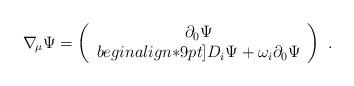
LaTeX: \begin{align*}\nabla_{\!\mu} \Psi=\left (\begin{array}{c} \partial_0\Psi \\begin{align*}9pt]D_i\Psi + \omega_i \partial_0\Psi \end{array} \right) \ . \end{align*}